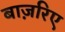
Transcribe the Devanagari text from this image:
बाज़रिए